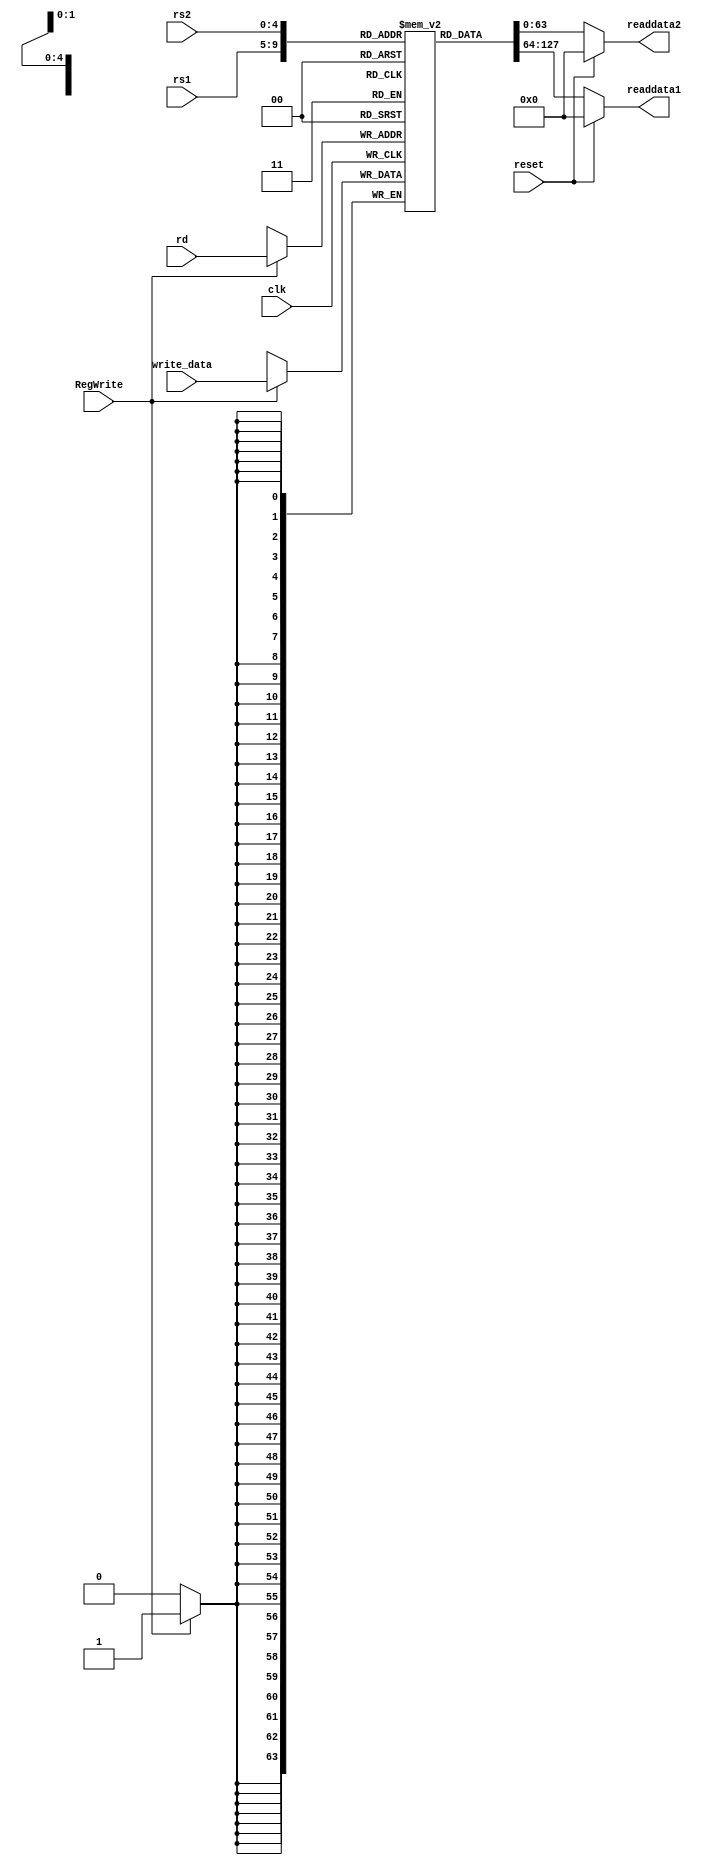
module regFile(clk,reset,rs1,rs2,rd, write_data,RegWrite, readdata1,readdata2); 

 input clk;
  input reset; 
  input [4:0] rs1; 
  input [4:0] rs2;
  input [4:0] rd; 
  input [63:0]write_data; 
  input RegWrite; 
  output reg [63:0]readdata1; 
  output reg [63:0]readdata2; 
  integer i;
  reg [63:0] Registers [31:0]; 
  
  initial  
    begin 
      for (i = 0; i < 32; i = i + 1)
      begin 
        Registers[i] = 0;
      end 
      Registers[8] = 5;
    

    end 
  
  always @(posedge clk) 
    if (RegWrite)
    Registers[rd] = write_data; 
 
  
  always@(*)
  begin 
    if (reset) 
      begin
        readdata1 = 0; 
        readdata2 = 0;
      end
    else
      begin
    readdata1 = Registers[rs1]; 
    readdata2 = Registers[rs2];
      end
  end 
endmodule